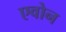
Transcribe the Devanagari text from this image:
एवोन